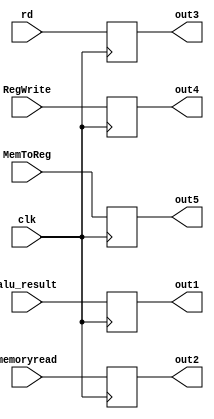
module MEM_WB_reg(clk, alu_result, memoryread, rd, RegWrite, MemToReg, out1, out2, out3,out4,out5);

input clk, RegWrite, MemToReg;
input [31:0] alu_result, memoryread;
input [4:0] rd;
output [31:0] out1, out2;
reg [31:0] out1, out2=0;
output [4:0] out3;
reg [4:0] out3=0;
output out4, out5;
reg out4, out5=0;




always@(posedge clk)
begin
out1<=alu_result;
out2<=memoryread;
out3<=rd;
out4<=RegWrite;
out5<=MemToReg;
end
endmodule